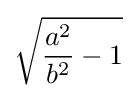
{\sqrt {{\frac {a^{2}}{b^{2}}}-1}}